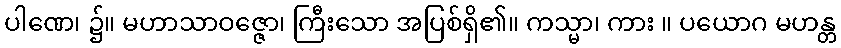
ပါဏေ၊ ၌။ မဟာသာဝဇ္ဇော၊ ကြီးသော အပြစ်ရှိ၏။ ကသ္မာ၊ ကား ။ ပယောဂ မဟန္တ